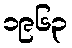
၁၉၆၃